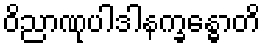
ဝိညာဏုပါဒါနက္ခန္ဓောတိ